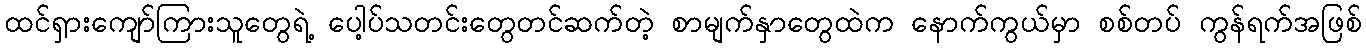
ထင်ရှားကျော်ကြားသူတွေရဲ့ ပေါ့ပ်သတင်းတွေတင်ဆက်တဲ့ စာမျက်နှာတွေထဲက နောက်ကွယ်မှာ စစ်တပ် ကွန်ရက်အဖြစ်